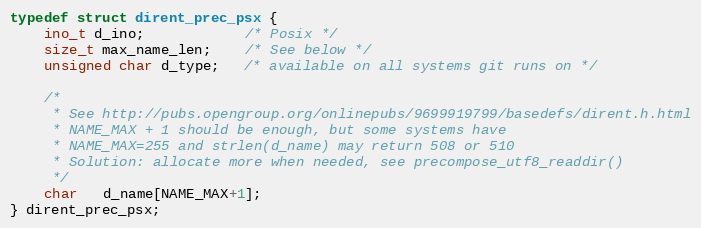
Language: C
typedef struct dirent_prec_psx {
	ino_t d_ino;            /* Posix */
	size_t max_name_len;    /* See below */
	unsigned char d_type;   /* available on all systems git runs on */

	/*
	 * See http://pubs.opengroup.org/onlinepubs/9699919799/basedefs/dirent.h.html
	 * NAME_MAX + 1 should be enough, but some systems have
	 * NAME_MAX=255 and strlen(d_name) may return 508 or 510
	 * Solution: allocate more when needed, see precompose_utf8_readdir()
	 */
	char   d_name[NAME_MAX+1];
} dirent_prec_psx;